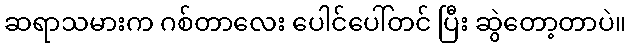
ဆရာသမားက ဂစ်တာလေး ပေါင်ပေါ်တင် ပြီး ဆွဲတော့တာပဲ။